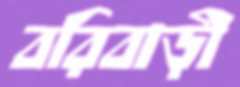
বরিবাড়ী